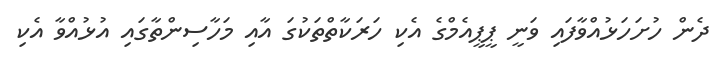
ދެން ހުށަހަޅުއްވާފައި ވަނީ ޕީޕީއެމްގެ އެކި ހަރަކާތްތަކުގަ އާއި މަހާސިންތާގައި އުޅުއްވާ އެކި